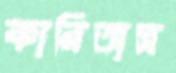
কারিতাস